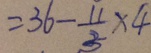
= 3 6 - \frac { 1 1 } { 3 } \times 4